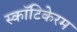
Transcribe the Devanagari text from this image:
स्कॉटिकेरम